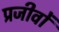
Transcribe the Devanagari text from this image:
प्रजीवों